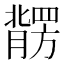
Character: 𱼠